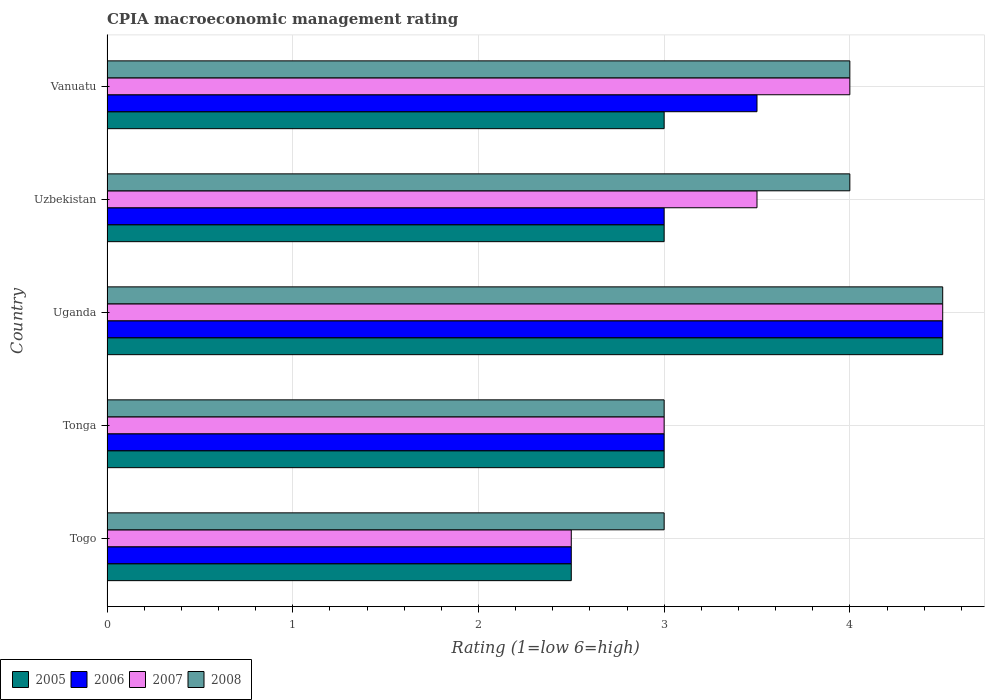
| Country | 2005 | 2006 | 2007 | 2008 |
 | --- | --- | --- | --- | --- |
 | Togo | 2.5 | 2.5 | 2.5 | 3 |
 | Tonga | 3 | 3 | 3 | 3 |
 | Uganda | 4.5 | 4.5 | 4.5 | 4.5 |
 | Uzbekistan | 3 | 3 | 3.5 | 4 |
 | Vanuatu | 3 | 3.5 | 4 | 4 |